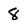
Character: 8